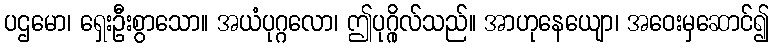
ပဌမော၊ ရှေးဦးစွာသော။ အယံပုဂ္ဂလော၊ ဤပုဂ္ဂိုလ်သည်။ အာဟုနေယျော၊ အဝေးမှဆောင်၍